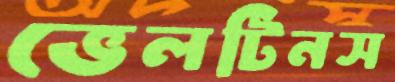
ভেলটিনস